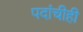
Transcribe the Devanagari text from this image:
पदांचीही